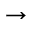
\rightarrow